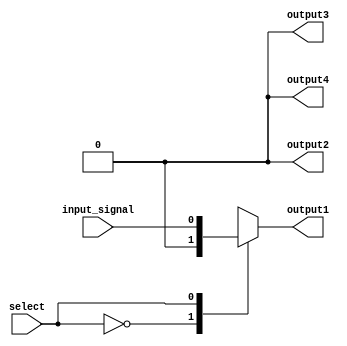
module demultiplexer(
    input wire select,
    input wire input_signal,
    output reg output1,
    output reg output2,
    output reg output3,
    output reg output4
);

always @ (select) begin
    case (select)
        2'b00: begin
            output1 = 1'b0;
            output2 = 1'b0;
            output3 = 1'b0;
            output4 = 1'b0;
        end
        
        2'b01: begin
            output1 = input_signal;
            output2 = 1'b0;
            output3 = 1'b0;
            output4 = 1'b0;
        end
        
        2'b10: begin
            output1 = 1'b0;
            output2 = input_signal;
            output3 = 1'b0;
            output4 = 1'b0;
        end
        
        2'b11: begin
            output1 = 1'b0;
            output2 = 1'b0;
            output3 = input_signal;
            output4 = 1'b0;
        end
    endcase
end

endmodule